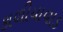
કાળીયાવાડ